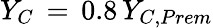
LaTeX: Y_{C}\, =\, 0.8\, Y_{C,Prem}